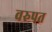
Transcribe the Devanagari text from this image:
वरुपत